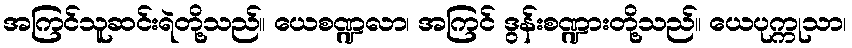
အကြင်သူဆင်းရဲတို့သည်။ ယေစဏ္ဍလာ၊ အကြင် ဒွန်းစဏ္ဍားတို့သည်။ ယေပုက္ကုသာ၊